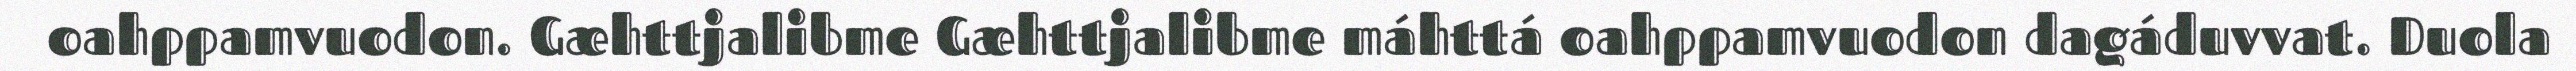
oahppamvuodon. Gæhttjalibme Gæhttjalibme máhttá oahppamvuodon dagáduvvat. Duola